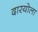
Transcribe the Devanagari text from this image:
दारयोला